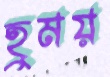
হুময়